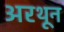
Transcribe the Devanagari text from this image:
अरथून